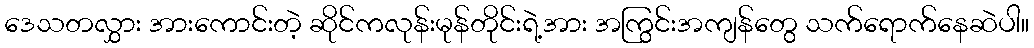
ဒေသတလွှား အားကောင်းတဲ့ ဆိုင်ကလုန်းမုန်တိုင်းရဲ့အား အကြွင်းအကျန်တွေ သက်ရောက်နေဆဲပါ။